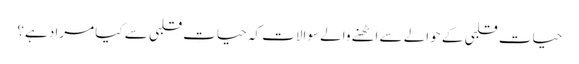
حیاتِ قلبی کے حوالے سے اٹھنے والے سوالات کہ حیاتِ قلبی سے کیا مراد ہے؟